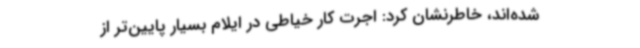
شده‌اند، خاطرنشان کرد: اجرت کار خیاطی در ایلام بسیار پایین‌تر از